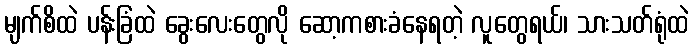
မျက်စိထဲ ပန်းခြံထဲ ခွေးလေးတွေလို ဆော့ကစားခံနေရတဲ့ လူတွေရယ်၊ သားသတ်ရုံထဲ